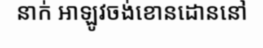
នាក់ អាឡូវចង់ខោនដោននៅ